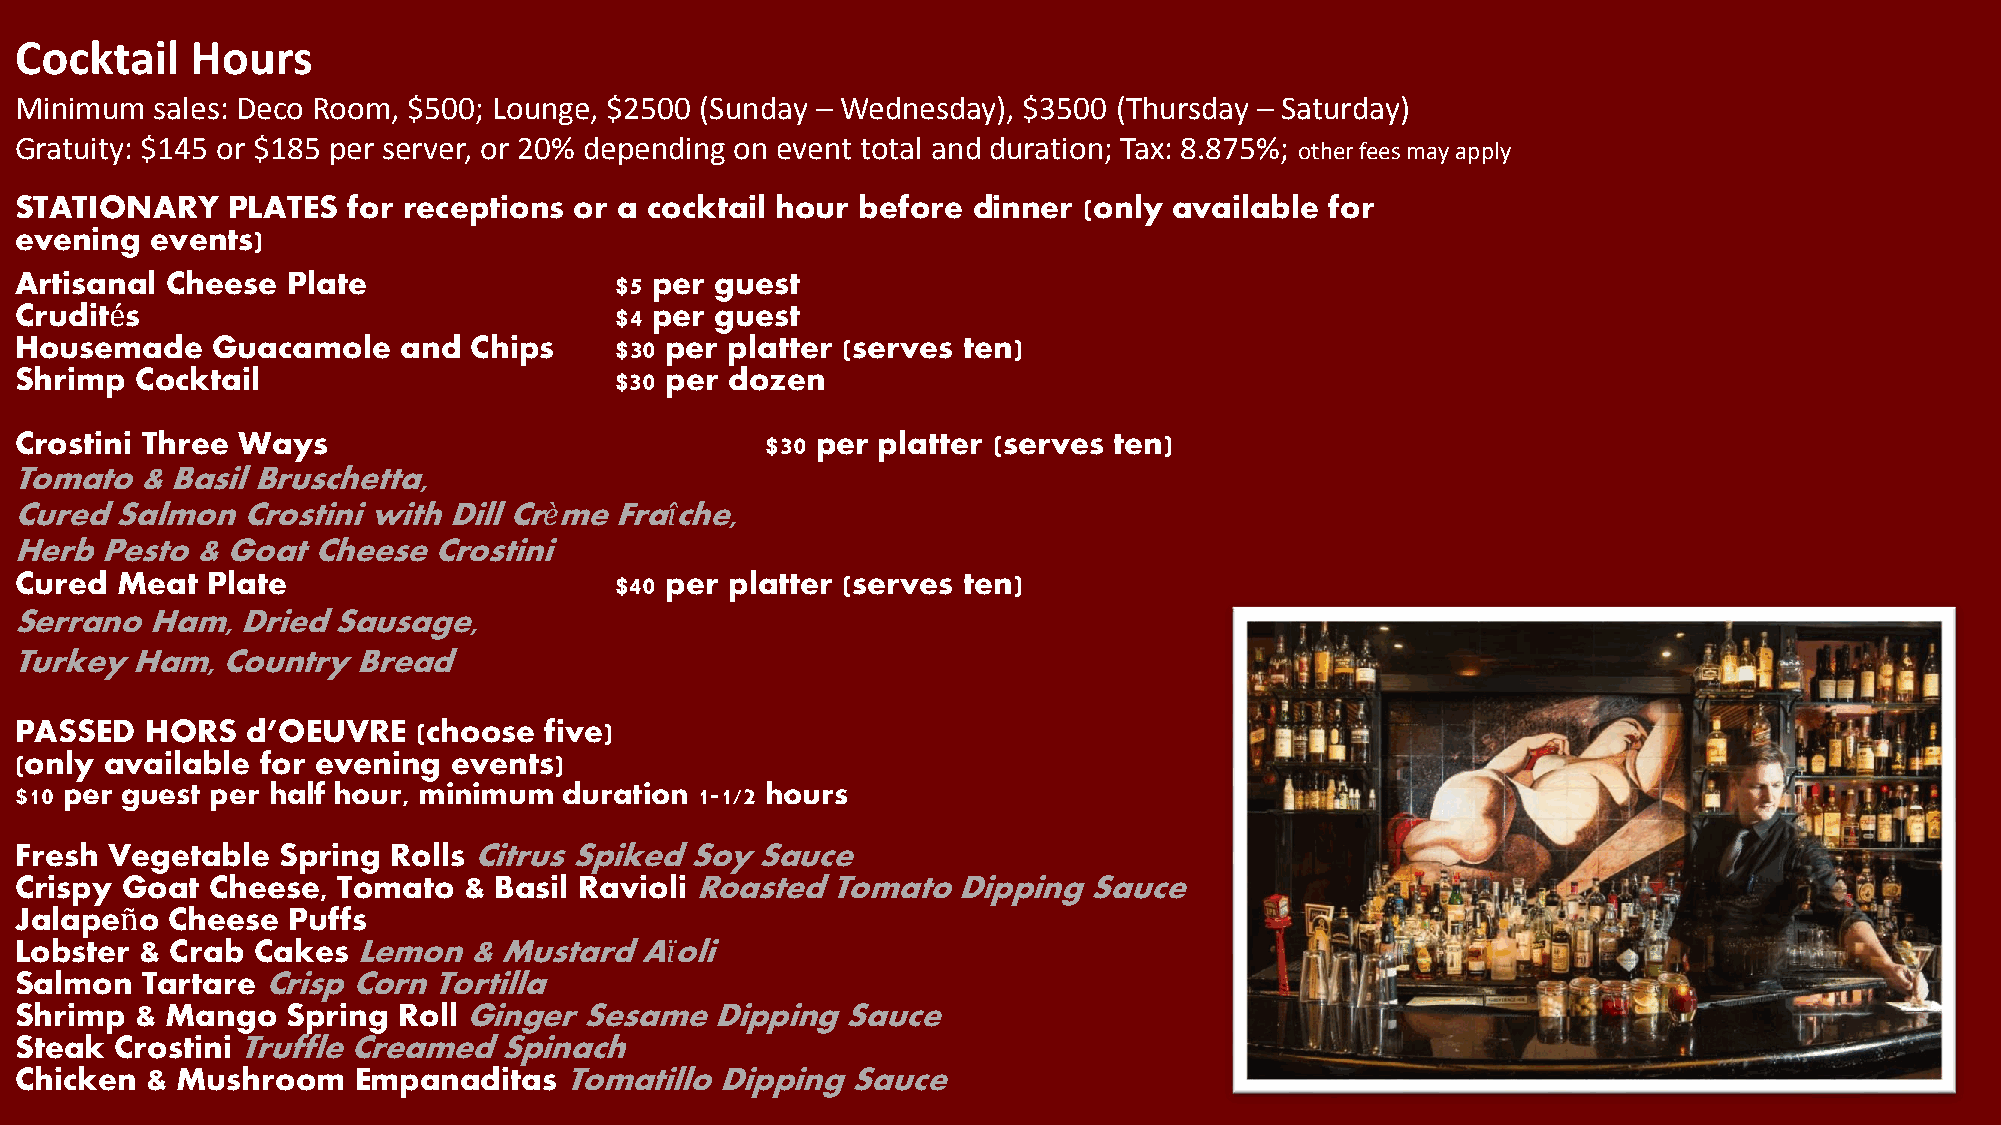
Cocktail    Hours
 Minimum  sales: Deco Room, $500; Lounge, $2500 (Sunday – Wednesday), $3500 (Thursday – Saturday)
 Gratuity: $145 or $185 per server, or 20% depending on event total and duration; Tax: 8.875%; other fees may apply
 STATIONARY    PLATES  for receptions or a cocktail hour before dinner  (only available for
 evening  events)
 Artisanal Cheese  Plate                 $5 per guest
 Crudités                                $4 per guest
 Housemade    Guacamole    and Chips     $30 per platter (serves ten)
 Shrimp  Cocktail                        $30 per dozen
 Crostini Three Ways                               $30 per platter (serves ten)
 Tomato  & Basil Bruschetta,
 Cured  Salmon  Crostini with Dill Crème Fraîche,
 Herb  Pesto & Goat  Cheese  Crostini
 Cured  Meat  Plate                      $40 per platter (serves ten)
 Serrano  Ham,  Dried Sausage,
 Turkey  Ham,  Country Bread
 PASSED   HORS  d’OEUVRE    (choose five)
 (only available for evening  events)
 $10 per guest per half hour, minimum duration 1-1/2 hours
 Fresh Vegetable  Spring  Rolls Citrus Spiked Soy Sauce
 Crispy Goat  Cheese, Tomato   & Basil Ravioli Roasted Tomato  Dipping  Sauce
 Jalapeño  Cheese  Puffs
 Lobster & Crab  Cakes  Lemon  & Mustard  Aïoli
 Salmon  Tartare Crisp Corn  Tortilla
 Shrimp  & Mango   Spring Roll Ginger Sesame   Dipping  Sauce
 Steak  Crostini Truffle Creamed Spinach
 Chicken  & Mushroom   Empanaditas   Tomatillo  Dipping Sauce